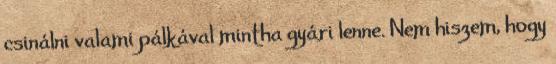
csinálni valami pálkával mintha gyári lenne. Nem hiszem, hogy